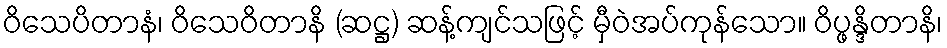
ဝိသေပိတာနံ၊ ဝိသေဝိတာနိ (ဆဋ္ဌ) ဆန့်ကျင်သဖြင့် မှီဝဲအပ်ကုန်သော။ ဝိပ္ဖန္ဒိတာနိ၊